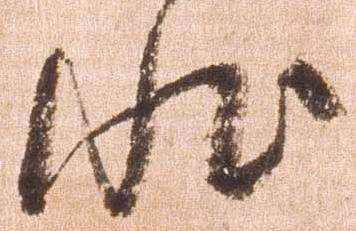
状